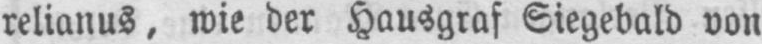
relianus, wie der Hausgraf Siegebald von